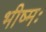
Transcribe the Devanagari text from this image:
भीष्मः